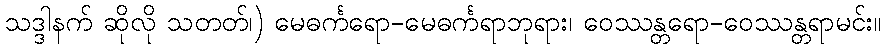
သဒ္ဒါနက် ဆိုလို သတတ်၊) မေဓင်္ကရော-မေဓင်္ကရာဘုရား၊ ဝေဿန္တရော-ဝေဿန္တရာမင်း။